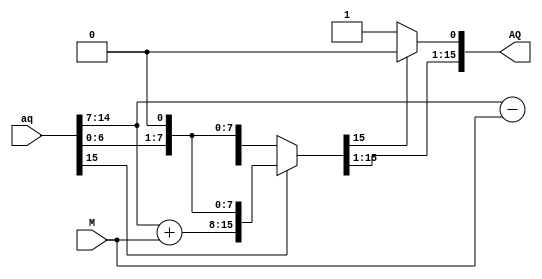
module PE(aq, M, AQ);

parameter width = 8;

input  [2*width-1:0] aq;
input  [  width-1:0] M;
output [2*width-1:0] AQ;

wire sel;
reg [2*width-1:0] AQ;

assign sel = aq[15] ? 0 : 1;

always @(*) begin
	AQ = aq << 1;
	AQ = sel ? {AQ[2*width-1:width] - M, AQ[width-1:0]} : {AQ[2*width-1:width] + M, AQ[width-1:0]}; 
	AQ[0] = AQ[15] ? 0 : 1;
end

endmodule